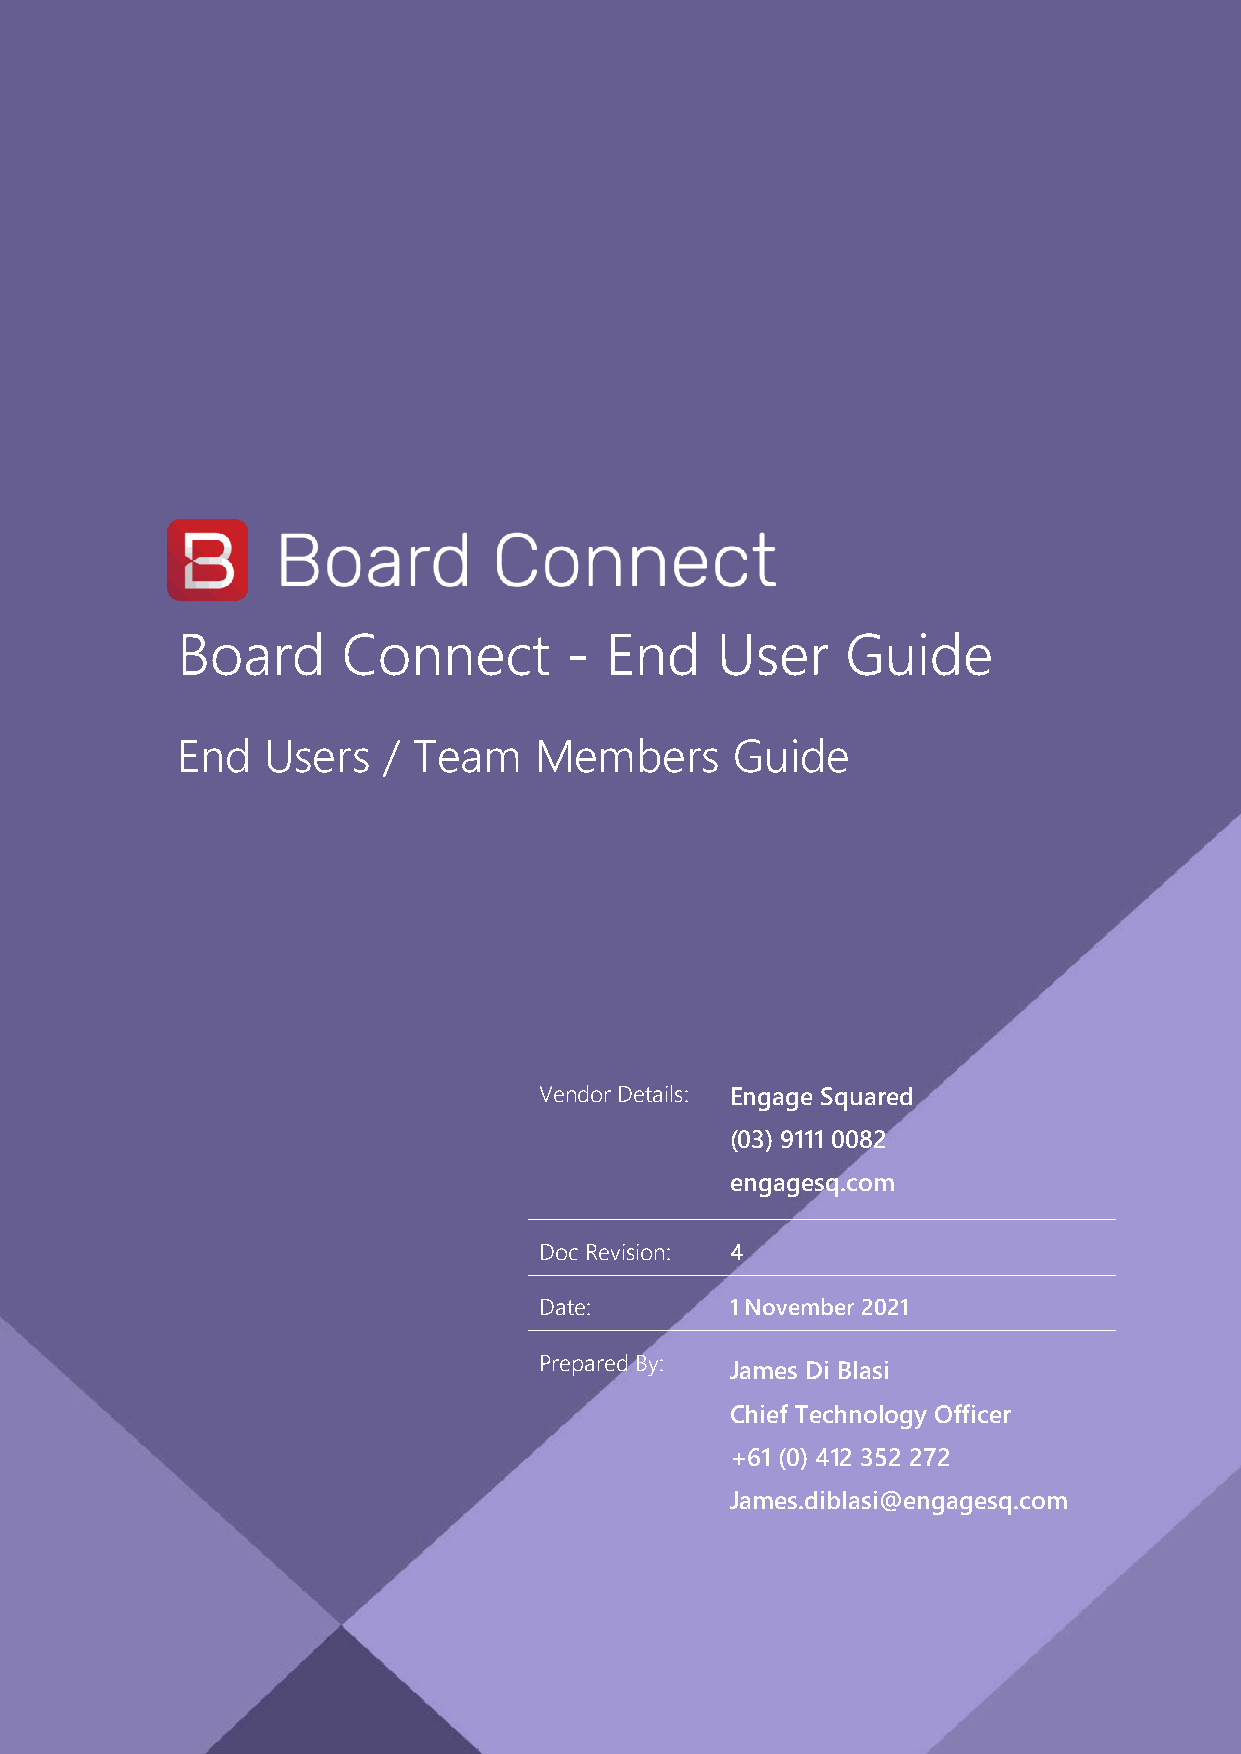
Board      Connect       -  End    User     Guide
 End  Users   / Team    Members       Guide
 Vendor Details: Engage Squared
 (03) 9111 0082
 engagesq.com
 Doc Revision: 4
 Date:       1 November 2021
 Prepared By:
 James Di Blasi
 Chief Technology Officer
 +61 (0) 412 352 272
 James.diblasi@engagesq.com
 Engage Squared
 Board Connect User Guide | Page 1 of 19